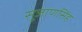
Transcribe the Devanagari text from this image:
सुजाणसिंह